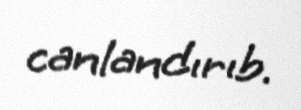
canlandırıb.